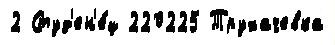
2 Студ'ен'е́ц 220225 Трухачевка